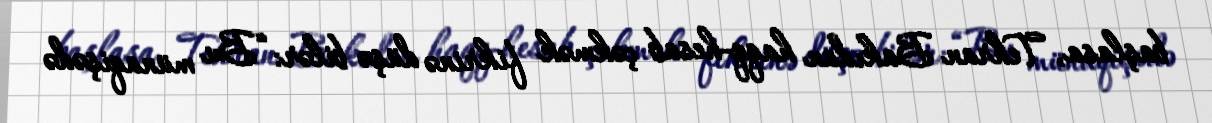
başlasa, Tehran Bakıdan haqq-hesab çəkmək fikrinə düşə bilər: “Bu münaqişədə